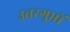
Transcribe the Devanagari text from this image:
उत्तरगुप्तों